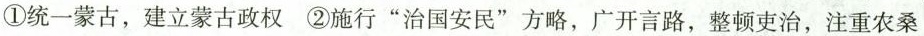
①统一蒙古，建立蒙古政权 ②施行”治国安民”方略，广开言路，整顿吏治，注重农桑